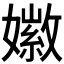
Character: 𪦩